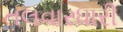
તલવારધારી